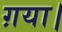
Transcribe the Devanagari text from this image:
ग़या।